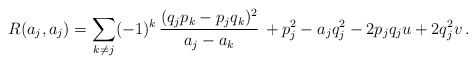
\begin{align*}R(a_j,a_j)=\sum_{k\neq j}(-1)^k\, {(q_j p_k - p_j q_k)^2\over a_j - a_k} \,+ p_j^2 - a_j q_j^2 - 2 p_j q_j u + 2 q_j^2 v \, .\end{align*}